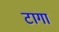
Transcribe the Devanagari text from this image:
टागा